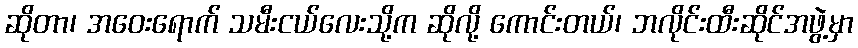
ဆိုတာ၊ အဝေးရောက် သမီးငယ်လေးသို့က ဆိုလို့ ကောင်းတယ်၊ ဘလိုင်းထီးဆိုင်အဖွဲ့မှာ